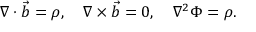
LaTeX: \nabla \cdot \vec { b } = \rho , \quad \nabla \times \vec { b } = 0 , \quad \nabla ^ { 2 } \Phi = \rho .